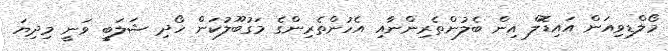
މޯލްޑިވިއަން އައިޑޮލް އިން ބެލުންތެެރިންނާއި އެހުންތެރިންގެ މަގުބޫލުކަން ހޯދި ޝަލަބީ ވަނީ މިދިޔަ